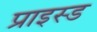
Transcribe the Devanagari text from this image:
प्राइस्ड